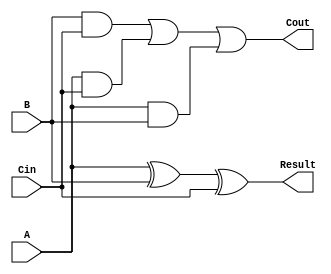
`timescale 1ns / 1ps
//////////////////////////////////////////////////////////////////////////////////
// Company: 
// Engineer: 
// 
// Design Name: 
// Module Name:    Gate_Level_One_Bit_Adder 
// Project Name: 
// Target Devices: 
// Tool versions: 
// Description: 
//
// Dependencies: 
//
// Revision: 
// Revision 0.01 - File Created
// Additional Comments: 
//
//////////////////////////////////////////////////////////////////////////////////
module Gate_Level_One_Bit_Adder(
    input A,
    input B,
    input Cin,
    output Cout,
    output Result
    );
	 
	 // Computing result digit
	 xor xor0(Result, A, B, Cin);
	 
	 
	 // Computing Carry digit out
	 wire n0, n1, n2;
	 and and0(n0, B, Cin);
	 and and1(n1, A, Cin);
	 and and2(n2, A, B);
	 
	 or or0(Cout, n0, n1, n2);




endmodule